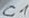
Text: C1